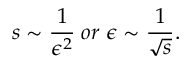
s \sim \frac { 1 } { \epsilon ^ { 2 } } \; o r \; \epsilon \sim \frac { 1 } { \sqrt { s } } .